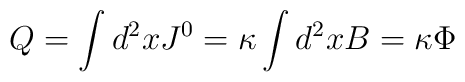
Q=\int d^2x J^0=\kappa\int d^2x B =\kappa \Phi